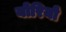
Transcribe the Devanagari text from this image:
योरियो